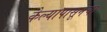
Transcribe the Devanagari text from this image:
केल्यापासूनचा